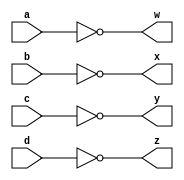
//Hex inverter
module Hex_inverter(a,b,c,d,w,x,y,z);

input a,b,c,d;
output w,x,y,z;

not n1(w,a);
not n2(x,b);
not n3(y,c);
not n4(z,d);

endmodule